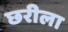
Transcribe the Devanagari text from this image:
छरीला